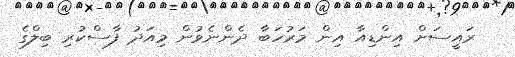
ރައީސަށް އިންޑިއާ އިން މަރުހަބާ ދެންނެވުން މިއަދު ފާސްކުރި ބިލްގެ